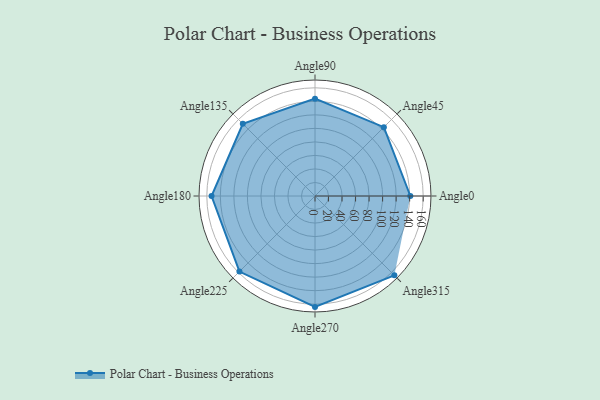
{"axis": {"x": "Angle", "y": "Radius"}, "legend": [""], "data": [{"x": "Angle0", "y": 141.0, "type": ""}, {"x": "Angle45", "y": 144.0, "type": ""}, {"x": "Angle90", "y": 144.0, "type": ""}, {"x": "Angle135", "y": 151.0, "type": ""}, {"x": "Angle180", "y": 153.0, "type": ""}, {"x": "Angle225", "y": 158.0, "type": ""}, {"x": "Angle270", "y": 164.0, "type": ""}, {"x": "Angle315", "y": 166.0, "type": ""}]}